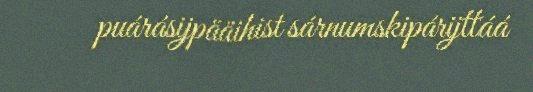
puárásijpääihist sárnumskipárijttáá